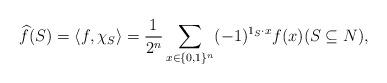
LaTeX: \begin{align*}\widehat{f}(S) = \langle f,\chi_S\rangle= \frac{1}{2^n}\sum_{x\in\{0,1\}^n}(-1)^{1_S\cdot x}f(x) (S\subseteq N),\end{align*}